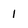
Character: 1